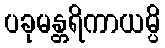
ပခုမန္တရိကာယမ္ပိ